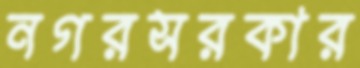
নগরসরকার